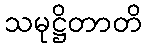
သမုဋ္ဌိတာတိ